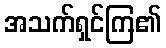
အသက်ရှင်ကြ၏